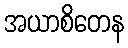
အယာစိတေန